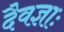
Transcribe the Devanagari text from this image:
दैवज्ञाः